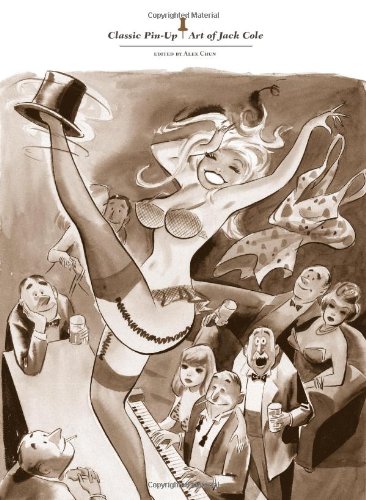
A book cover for Classic Pin-Up Art of Jack Cole; Comics & Graphic Novels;